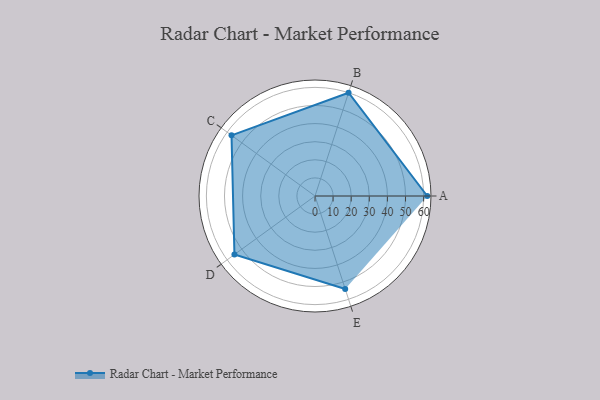
{"axis": {"x": "Skill", "y": "Score"}, "legend": ["Profile"], "data": [{"x": "A", "y": 62.0, "type": "Profile"}, {"x": "B", "y": 60.0, "type": "Profile"}, {"x": "C", "y": 57.0, "type": "Profile"}, {"x": "D", "y": 55.0, "type": "Profile"}, {"x": "E", "y": 54.0, "type": "Profile"}]}